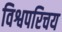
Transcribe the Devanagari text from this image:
विश्वपरिचय